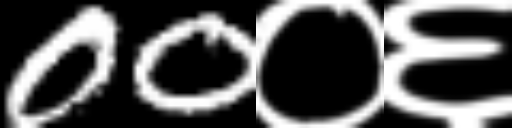
Text: 00०६